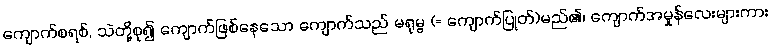
ကျောက်စရစ်, သဲတို့စု၍ ကျောက်ဖြစ်နေသော ကျောက်သည် မရုမ္ဗ (= ကျောက်ပြုတ်)မည်၏၊ ကျောက်အမှုန်လေးများကား